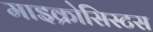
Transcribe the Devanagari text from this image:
माइक्रोसिस्टस